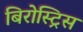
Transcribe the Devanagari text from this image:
बिरोस्ट्रिस